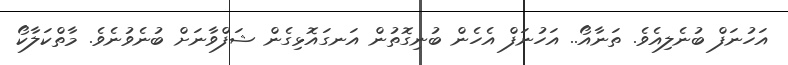
އަހުނަފް ބުނެލިއެވެ. ތަނާއޯ.. އަހުނަފް އެހެން ބުނިގޮތުން އަނގައޮޅިގެން ޝަފްވާނަށް ބުނެވުނެވެ. މާތްކަލާކޯ